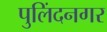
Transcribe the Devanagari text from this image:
पुलिंदनगर